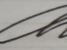
Signature authenticity: genuine